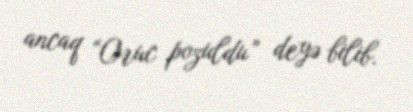
ancaq “Oruc pozuldu” deyə bilib.